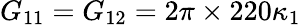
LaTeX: G_{11}=G_{12}=2\pi\times 220\kappa_{1}